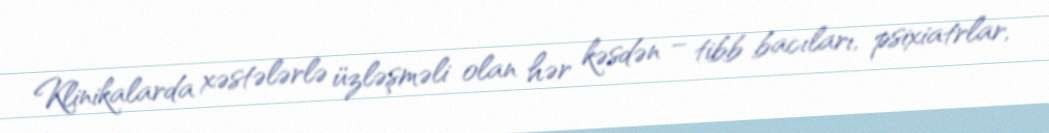
Klinikalarda xəstələrlə üzləşməli olan hər kəsdən – tibb bacıları, psixiatrlar,